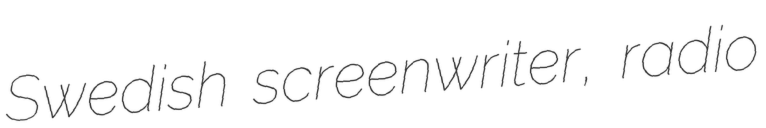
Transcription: Swedish screenwriter, radio